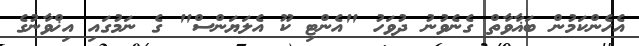
އެހެންކަމުން ބަޣާވާތް ގެނެވުނު ދުވަހު "އެންޓި ކޫ އެލަޔަންސް" ގެ ނަމުގައި އިޚްވާނުގެ